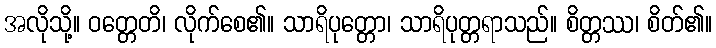
အလိုသို့။ ဝတ္တေတိ၊ လိုက်စေ၏။ သာရိပုတ္တော၊ သာရိပုတ္တရာသည်။ စိတ္တဿ၊ စိတ်၏။